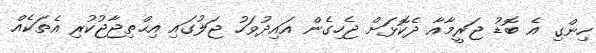
ހިންގި އެ ބޮޑު ޖަރީމާއާ ދެކޮޅަށް ޖެހިގެން އައިދުވަހު ޖަލުގައި އިޙްތިޖާޖުކުރި އެތަކެއް